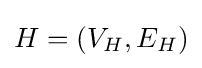
H=(V_{H},E_{H})